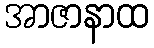
အာဇာနာထ